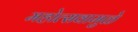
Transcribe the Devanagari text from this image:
महोत्सवामुळे